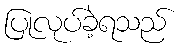
ပြုလုပ်ခဲ့ရသည်